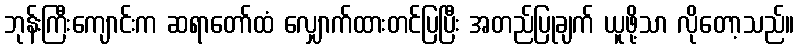
ဘုန်းကြီးကျောင်းက ဆရာတော်ထံ လျှောက်ထားတင်ပြပြီး အတည်ပြုချက် ယူဖို့သာ လိုတော့သည်။